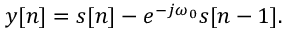
y [ n ] = s [ n ] - e ^ { - j \omega _ { 0 } } s [ n - 1 ] .